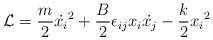
\begin{align*}{\cal {L}} = \frac{m}{2}{\dot{x_i}}^2 + \frac{B}{2}\epsilon_{ij}x_i\dot{x_j} - \frac{k}{2}{x_i}^2\end{align*}